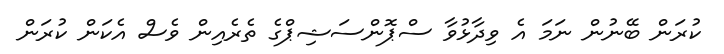
ކުރަން ބޭނުން ނަމަ އެ ވިދާޅުވާ ސްޕޮންސަޝިޕްގެ ތެރެއިން ވެސް އެކަން ކުރަން